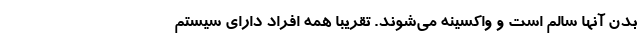
بدن آنها سالم است و واکسینه می‌شوند. تقریبا همه افراد دارای سیستم